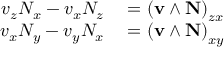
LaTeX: \begin{array} { r l } { v _ { z } N _ { x } - v _ { x } N _ { z } } & { { } = \left( \mathbf { v } \wedge \mathbf { N } \right) _ { z x } } \\ { v _ { x } N _ { y } - v _ { y } N _ { x } } & { { } = \left( \mathbf { v } \wedge \mathbf { N } \right) _ { x y } } \end{array}